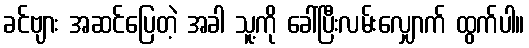
ခင်ဗျား အဆင်ပြေတဲ့ အခါ သူ့ကို ခေါ်ပြီးလမ်းလျှောက် ထွက်ပါ။